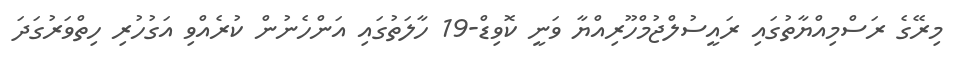
މިރޭގެ ރަސްމިއްޔާތުގައި ރައީސުލްޖުމްހޫރިއްޔާ ވަނީ ކޮވިޑް-19 ހާލަތުގައި އަންހެނުން ކުރެއްވި އަގުހުރި ހިތްވަރުގަދަ